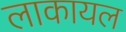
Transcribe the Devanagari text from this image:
लाकायल